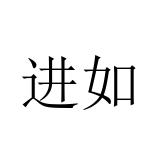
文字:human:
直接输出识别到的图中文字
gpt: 进如